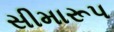
સીમારૂપ